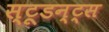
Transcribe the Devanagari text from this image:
स्टूडन्ट्स